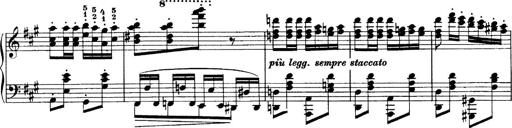
Title: Sonatina No.6
Composer: Ferruccio Busoni